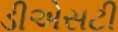
ડીએસટી